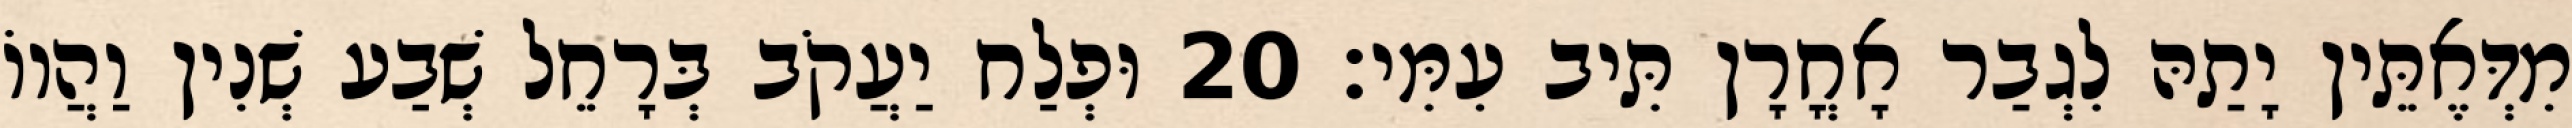
מִדְּאֶתֵּין יָתַהּ לִגְבַר אָחֳרָן תִּיב עִמִּי׃ 20 וּפְלַח יַעֲקֹב בְּרָחֵל שְׁבַע שְׁנִין וַהֲווֹ